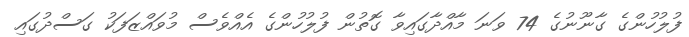
ފުލުހުންގެ ގާނޫނުގެ 74 ވަނަ މާއްދާގައިވާ ގޮތުން ފުލުހުންގެ އެއްވެސް މުވައްޒަފަކު ގަސްދުގައި